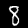
Label: 8